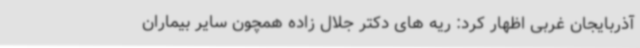
آذربایجان غربی اظهار کرد: ریه های دکتر جلال زاده همچون سایر بیماران